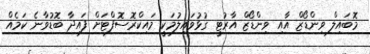
މޮބައިލް ވިންޑޯޒް އާއި ވިންޑޯޒް އާރުޓީ ގުޅުވައިލުމަކީ މައިކްރޮސޮފްޓަށް ފައިދާ ބޮޑުވާނެ ކަމެއް